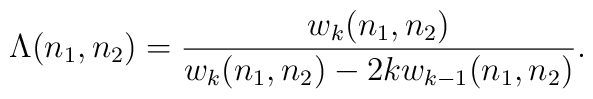
\Lambda(n_1,n_2)=\frac{w_k(n_1,n_2)}{w_k(n_1,n_2)-2kw_{k-1}(n_1,n_2)}.